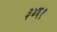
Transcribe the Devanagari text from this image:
३४६१